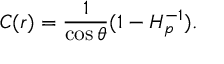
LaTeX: C ( r ) = { \frac { 1 } { \cos \theta } } ( 1 - H _ { p } ^ { - 1 } ) .